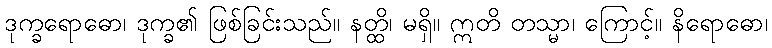
ဒုက္ခရောဓော၊ ဒုက္ခ၏ ဖြစ်ခြင်းသည်။ နတ္ထိ၊ မရှိ။ ဣတိ တသ္မာ၊ ကြောင့်။ နိရောဓော၊